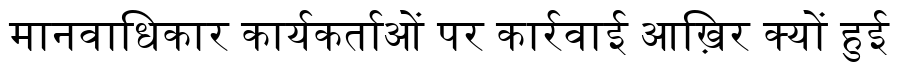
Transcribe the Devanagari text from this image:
मानवाधिकार कार्यकर्ताओं पर कार्रवाई आख़िर क्यों हुई